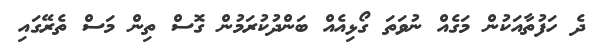
ދެ ހަފުތާއަކުން މަގެއް ނުވަތަ ގޯޅިއެއް ބަންދުކުރަމުން ގޮސް ތިން މަސް ތެރޭގައި